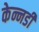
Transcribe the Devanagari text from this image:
केन्नडी